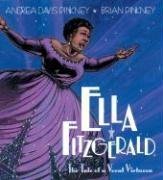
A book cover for Ella Fitzgerald: The Tale of a Vocal Virtuosa; Andrea Davis Pinkney; Teen & Young Adult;